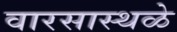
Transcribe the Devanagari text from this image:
वारसास्थळे